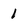
Character: 1